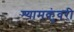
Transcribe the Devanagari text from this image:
श्यामकुंवरी